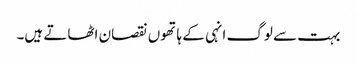
بہت سے لوگ انہی کے ہاتھوں نقصان اٹھاتے ہیں۔